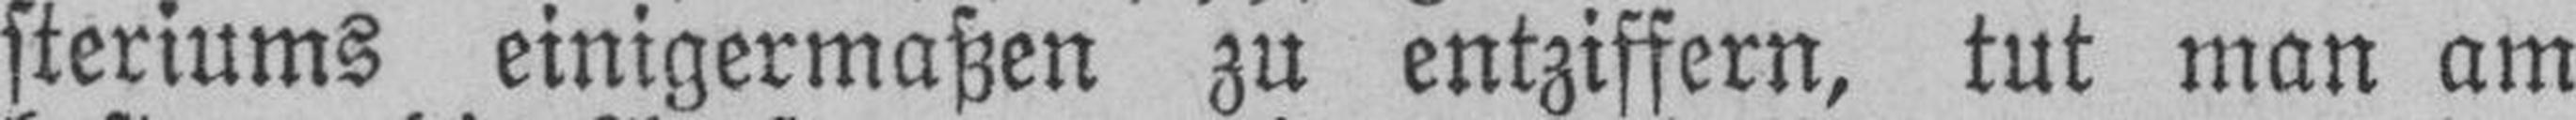
steriums einigermaßen zu entziffern, tut man am